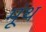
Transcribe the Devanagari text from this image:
मूंथ